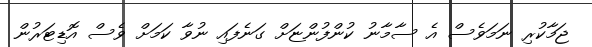
ޖަމާކުރި ނަމަވެސް އެ ސާމާނު ކުންފުންޏަށް ގަނެފައި ނުވާ ކަމަށް ވެސް އޮޑިޓަރުން